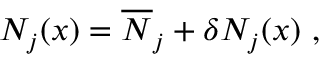
N _ { j } ( x ) = { \overline { { N } } } _ { j } + \delta N _ { j } ( x ) \ ,